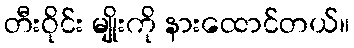
တီးဝိုင်း မျိုးကို နားထောင်တယ်။